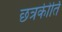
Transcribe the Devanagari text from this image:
छत्रकीर्ति